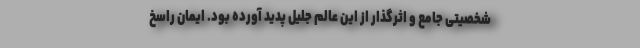
شخصیتی جامع و اثرگذار از این عالم جلیل پدید آورده بود. ایمان راسخ